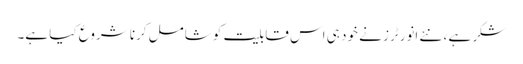
شکر ہے ، نئے انورٹرز نے خود ہی اس قابلیت کو شامل کرنا شروع کیا ہے۔